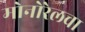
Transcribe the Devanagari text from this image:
मोनोरेलचा